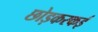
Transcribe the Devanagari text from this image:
छोड़करकई